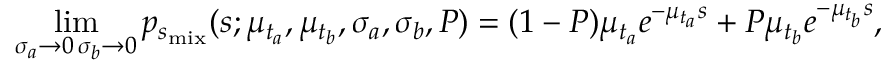
\operatorname* { l i m } _ { \substack { \sigma _ { a } \rightarrow 0 \, \sigma _ { b } \rightarrow 0 } } p _ { s _ { \mathrm { m i x } } } ( s ; \mu _ { t _ { a } } , \mu _ { t _ { b } } , \sigma _ { a } , \sigma _ { b } , P ) = ( 1 - P ) \mu _ { t _ { a } } e ^ { - \mu _ { t _ { a } } s } + P \mu _ { t _ { b } } e ^ { - \mu _ { t _ { b } } s } ,